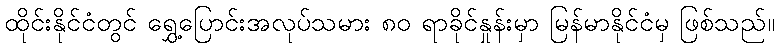
ထိုင်းနိုင်ငံတွင် ရွှေ့ပြောင်းအလုပ်သမား ၈၀ ရာခိုင်နှုန်းမှာ မြန်မာနိုင်ငံမှ ဖြစ်သည်။